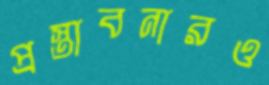
প্রস্তাবনারও